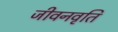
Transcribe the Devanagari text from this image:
जीवनवृति